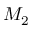
M _ { 2 }